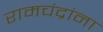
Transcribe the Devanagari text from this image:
रामचंद्रांना